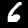
Label: 6